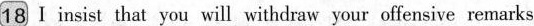
18 I insist that you will withdraw your offensive remarks